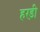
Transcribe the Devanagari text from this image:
हरड़ी